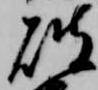
破